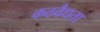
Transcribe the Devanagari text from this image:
कठवैधता